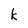
Character: k